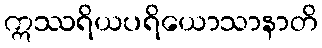
ဣဿရိယပရိယောသာနာတိ